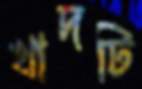
খাদটি